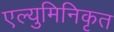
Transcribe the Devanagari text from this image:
एल्युमिनिकृत